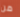
من